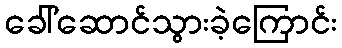
ခေါ်ဆောင်သွားခဲ့ကြောင်း